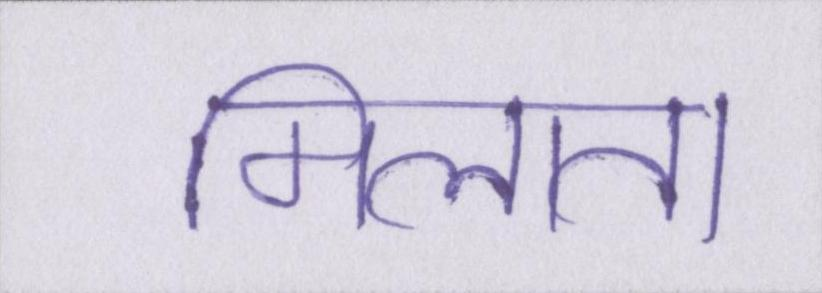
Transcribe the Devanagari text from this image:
मिलाता